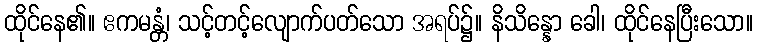
ထိုင်နေ၏။ ဧကမန္တံ၊ သင့်တင့်လျောက်ပတ်သော အရပ်၌။ နိသိန္နော ခေါ၊ ထိုင်နေပြီးသော။